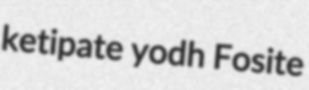
ketipate yodh Fosite